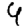
Digit: 4